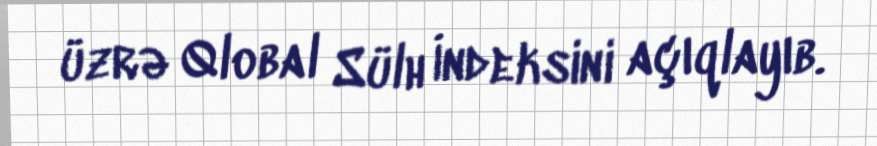
üzrə Qlobal Sülh İndeksini açıqlayıb.